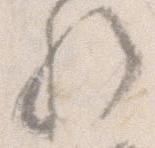
歟